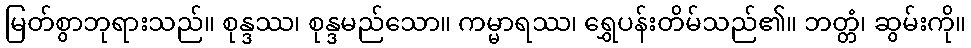
မြတ်စွာဘုရားသည်။ စုန္ဒဿ၊ စုန္ဒမည်သော။ ကမ္မာရဿ၊ ရွှေပန်းတိမ်သည်၏။ ဘတ္တံ၊ ဆွမ်းကို။